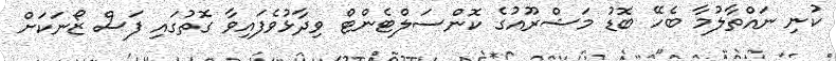
ކުނި ނައްތާލުމާ ބެހޭ ބޮޑު މަޝްރޫއުގެ ކޮންސަލްޓެންޓް ވިދާޅުވެފައިވާ ގޮތުގައި ފަސް ޒޯނަކަށް